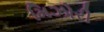
મિઝોરી